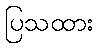
ပြသထား